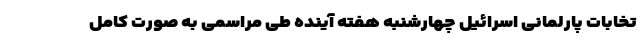
تخابات پارلمانی اسرائیل چهارشنبه هفته آینده طی مراسمی به صورت کامل